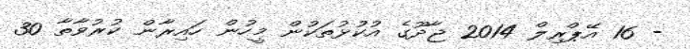
- 16 އޭޕްރިލް 2014 ޖާދޫގެ އުކުޅުތަކުން މީހުން ހައިރާން ކުރުވާތާ 30